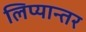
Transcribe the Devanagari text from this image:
लिप्यान्तर